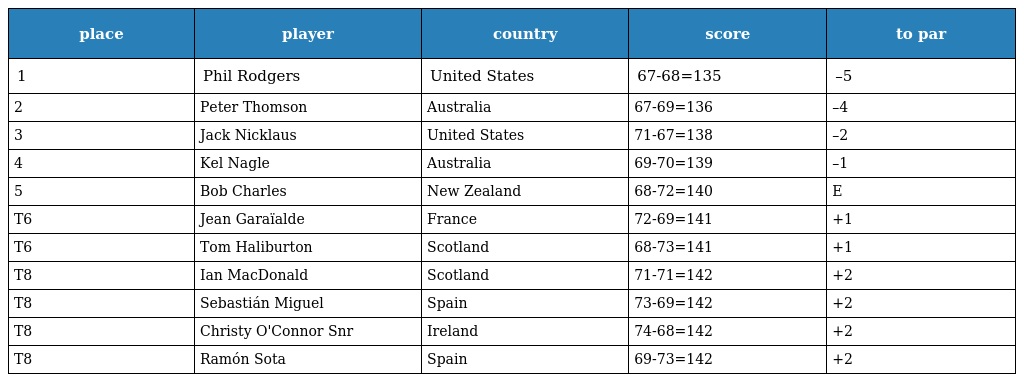
| place | player | country | score | to par |
 | --- | --- | --- | --- | --- |
 | 1 | Phil Rodgers | United States | 67-68=135 | –5 |
 | 2 | Peter Thomson | Australia | 67-69=136 | –4 |
 | 3 | Jack Nicklaus | United States | 71-67=138 | –2 |
 | 4 | Kel Nagle | Australia | 69-70=139 | –1 |
 | 5 | Bob Charles | New Zealand | 68-72=140 | E |
 | T6 | Jean Garaïalde | France | 72-69=141 | +1 |
 | T6 | Tom Haliburton | Scotland | 68-73=141 | +1 |
 | T8 | Ian MacDonald | Scotland | 71-71=142 | +2 |
 | T8 | Sebastián Miguel | Spain | 73-69=142 | +2 |
 | T8 | Christy O'Connor Snr | Ireland | 74-68=142 | +2 |
 | T8 | Ramón Sota | Spain | 69-73=142 | +2 |